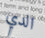
الدي